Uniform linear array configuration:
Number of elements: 24
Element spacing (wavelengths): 0.25
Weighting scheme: hann
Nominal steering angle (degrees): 60
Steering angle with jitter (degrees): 58.148
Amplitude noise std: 0.05
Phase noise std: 0.05

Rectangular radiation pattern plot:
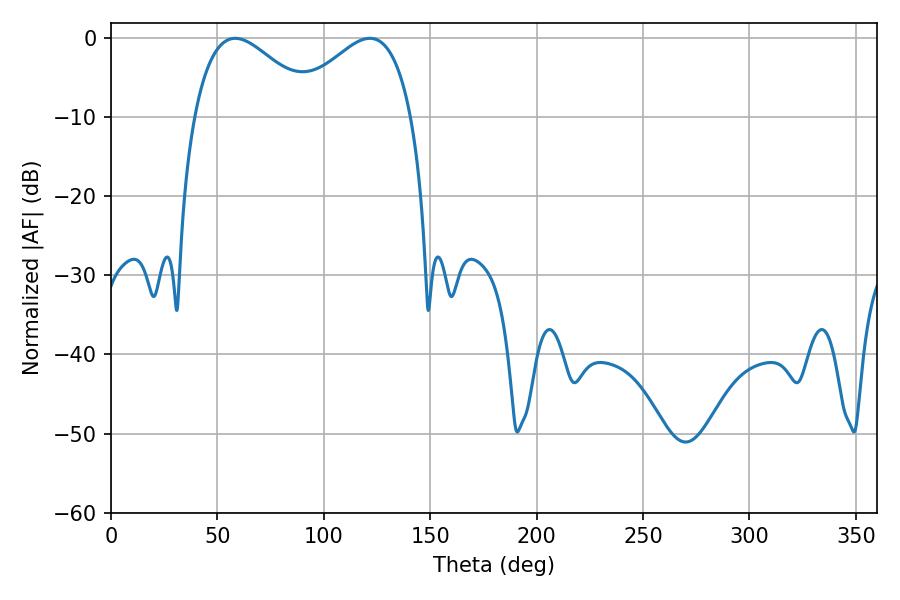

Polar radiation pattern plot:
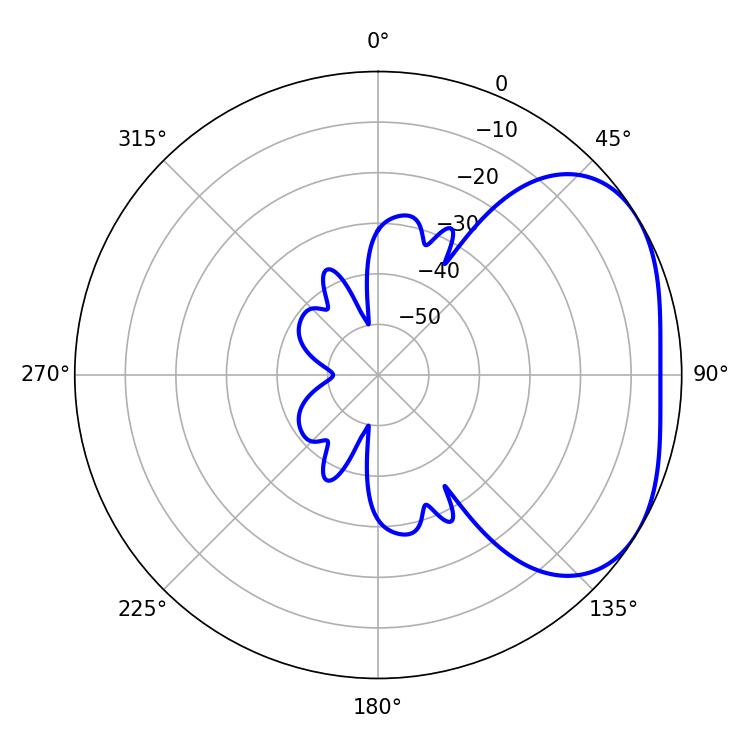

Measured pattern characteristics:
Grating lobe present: FALSE
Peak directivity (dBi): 3.093
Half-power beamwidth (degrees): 31.14
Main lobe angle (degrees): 58.32